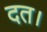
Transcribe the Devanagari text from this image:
दत।